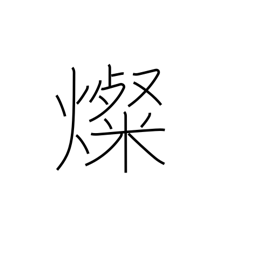
Meaning: brilliant